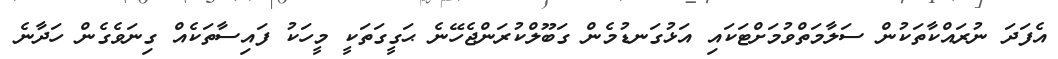
އެފަދަ ނުރައްކާތަކުން ސަލާމަތްވުމަށްޓަކައި އަޅުގަނޑުމެން ގަބޫލްކުރަންޖެހޭނެ ޙަގީގަތަކީ މީހަކު ފައިސާތަކެއް ގިނަވެގެން ހަދާނެ